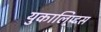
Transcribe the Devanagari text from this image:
युकालिप्टस